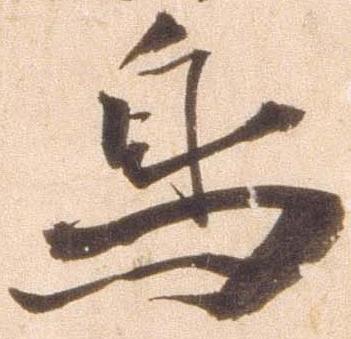
鳥